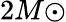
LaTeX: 2M{\odot}